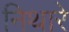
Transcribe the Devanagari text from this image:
निथारे